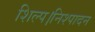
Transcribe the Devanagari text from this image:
शिल्प।निश्पादन